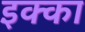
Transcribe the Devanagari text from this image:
इक्‍का